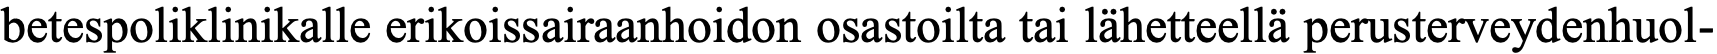
betespoliklinikalle erikoissairaanhoidon osastoilta tai lähetteellä perusterveydenhuol-